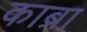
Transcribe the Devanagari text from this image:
काब्रा